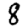
Digit: 8